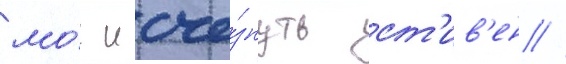
мо́г исче́знуть ст'ив'ен //